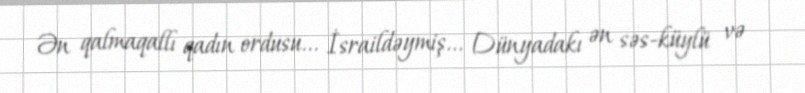
Ən qalmaqallı qadın ordusu... İsraildəymiş... Dünyadakı ən səs-küylü və